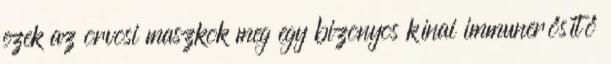
ezek az orvosi maszkok meg egy bizonyos kínai immunerősítő